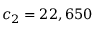
c _ { 2 } = 2 2 , 6 5 0